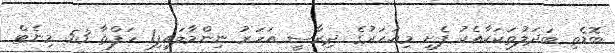
ބޮޑެތި ބަދަލުތަކަކާއެކު ފެށި މިއަހަރުގެ ދިރާސީ އަހަރު ނިންމާލައިފި1 ހަފްތާ 53 މިނެޓް